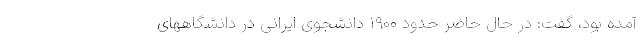
آمده بود، گفت: در حال حاضر حدود ۱۹۰۰ دانشجوی ایرانی در دانشگاههای